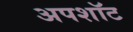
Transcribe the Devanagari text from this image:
अपशॉट